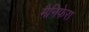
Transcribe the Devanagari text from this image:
मैनिफेरा